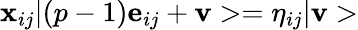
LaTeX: {\mathbf x}_{ij}\vert(p-1){\mathbf e}_{ij}+{\mathbf v}>=\eta_{ij}\vert{\mathbf v}>